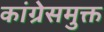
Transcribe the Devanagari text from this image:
कांग्रेसमुक्त